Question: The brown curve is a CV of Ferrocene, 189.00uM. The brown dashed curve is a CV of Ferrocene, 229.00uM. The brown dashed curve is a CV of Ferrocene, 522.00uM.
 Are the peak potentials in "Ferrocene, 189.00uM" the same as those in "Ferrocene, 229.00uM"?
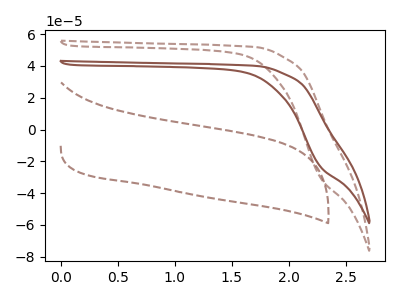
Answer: <think>The brown curve "Ferrocene, 189.00uM" has no peaks. The brown dashed curve "Ferrocene, 229.00uM" has no peaks. The brown dashed curve "Ferrocene, 522.00uM" has no peaks.</think>
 <answer>Niether CV has any peaks.</answer>
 <eval>blanks</eval>